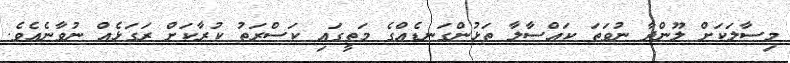
މިސާލަކަށް ލޫންދާ ނުވަތަ ކައްސާލާ ތަޅުންގަނޑެއްގެ މަތީގައި ކަސްރަތު ކުރާކަށް ރަގަޅެއް ނުވާނެއެވެ.